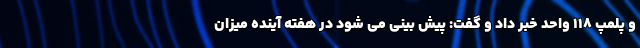
و پلمپ ۱۱۸ واحد خبر داد و گفت: پیش بینی می شود در هفته آینده میزان